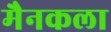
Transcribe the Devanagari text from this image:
मैनकला